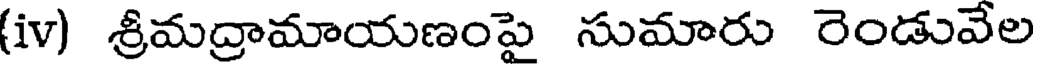
(iv) శ్రీమద్రామాయణంపై సుమారు రెండువేల